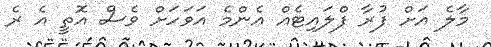
މާލެ އަށް ފުރާ ފްލައިޓެއް އެންމެ އަވަހަށް ވެސް އޮތީ އެ ރެ